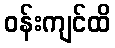
ဝန်းကျင်ထိ